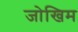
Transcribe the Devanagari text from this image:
जोखिम